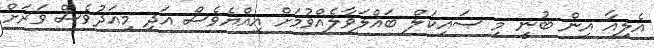
އެލިއާ އިން ބުނީ މި ސައިކަލް ބައްލަވާލެއްވުމަށް އިއްޔެވެސް އަދި މިއަދުވެސް ވަރަށް